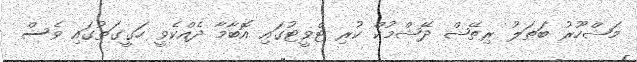
މަޝްހޫރު ބަތަލު ރިތޭޝް ދޭޝްމުކް ކުރި ޓްވީޓުގައި އޮބާމާ ދެއްކެވީ ހަގީގަތުގައި ވެސް